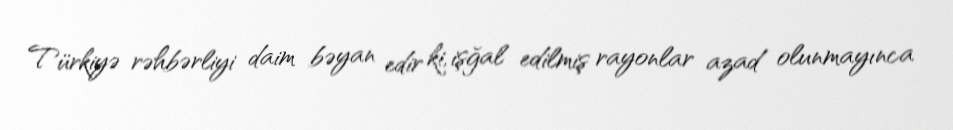
Türkiyə rəhbərliyi daim bəyan edir ki, işğal edilmiş rayonlar azad olunmayınca